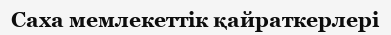
Саха мемлекеттік қайраткерлері